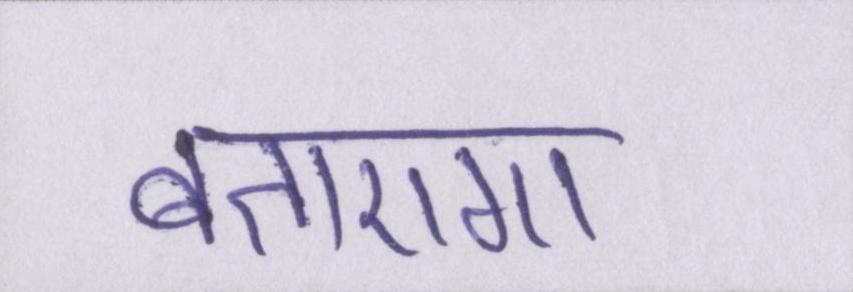
बताएगा